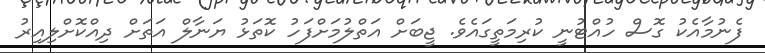
ފެނުމާއެކު ގޮސް ހުއްޓުނީ ކުރިމަތީގައެވެ. ޖީބަށް އަތްލުމަށްފަހު ކޮތަޅު ޔަނާލް އަތަށް ދިއްކޮށްލިއިރު